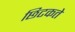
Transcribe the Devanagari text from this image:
छिटकते